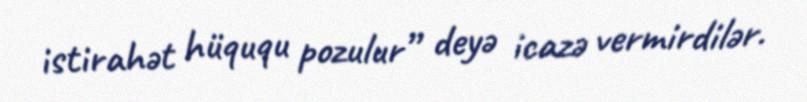
istirahət hüququ pozulur” deyə icazə vermirdilər.